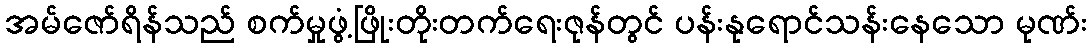
အမ်ဇော်ရိန်သည် စက်မှုဖွံ့ဖြိုးတိုးတက်ရေးဇုန်တွင် ပန်းနုရောင်သန်းနေသော မုဏ်း